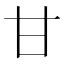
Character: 甘